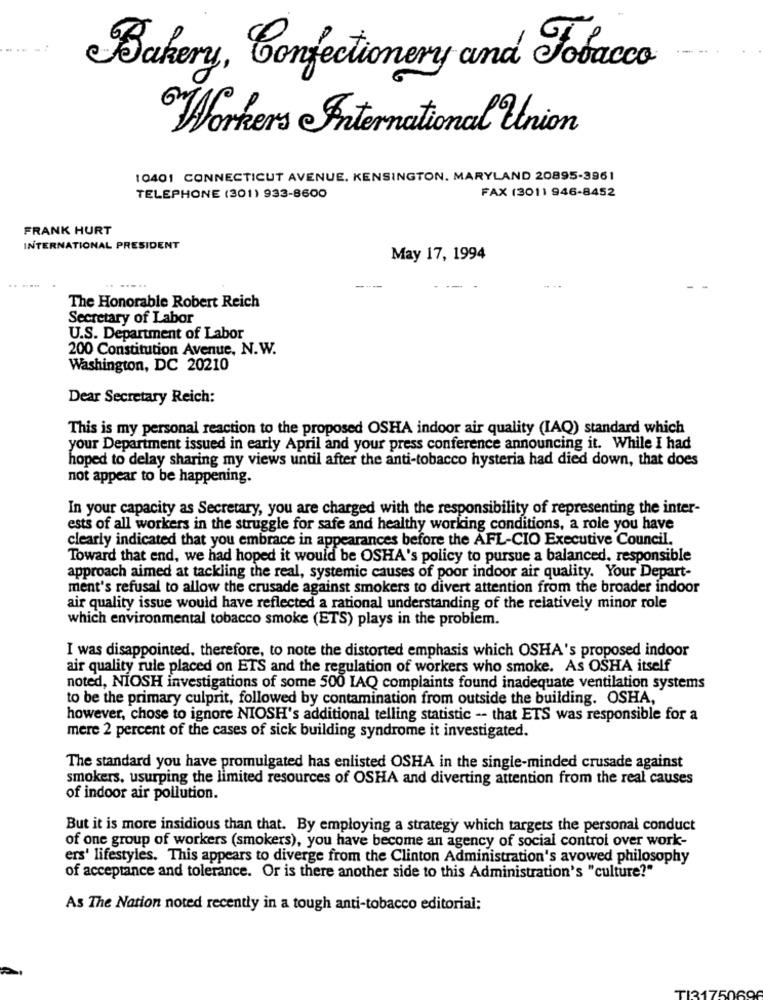
Bakery, Confectionery and Tobacco
"Workers International Union
10401 CONNECTICUT AVENUE. KENSINGTON. MARYLAND 20895-3961
FAX (3011 946-8452
TELEPHONE (301) 933-8600
FRANK HURT
INTERNATIONAL PRESIDENT
May 17, 1994
--
The Honorable Robert Reich
Secretary of Labor
U.S. Department of Labor
200 Constitution Avenue, N.W.
Washington, DC 20210
Dear Secretary Reich:
This is my personal reaction to the proposed OSHA indoor air quality (IAQ) standard which
your Department issued in early April and your press conference announcing it. While I had
hoped to delay sharing my views until after the anti-tobacco hysteria had died down, that does
not appear to be happening.
In your capacity as Secretary, you are charged with the responsibility of representing the inter-
ests of all workers in the struggle for safe and healthy working conditions, a role you have
clearly indicated that you embrace in appearances before the AFL-CIO Executive Council.
Toward that end, we had hoped it would be OSHA's policy to pursue a balanced. responsible
approach aimed at tackling the real, systemic causes of poor indoor air quality. Your Depart-
ment's refusal to allow the crusade against smokers to divert attention from the broader indoor
air quality issue would have reflected a rational understanding of the relatively minor role
which environmental tobacco smoke (ETS) plays in the problem.
I was disappointed. therefore, to note the distorted emphasis which OSHA's proposed indoor
air quality rule placed on ETS and the regulation of workers who smoke. As OSHA itself
noted, NIOSH investigations of some 500 IAQ complaints found inadequate ventilation systems
to be the primary culprit, followed by contamination from outside the building. OSHA,
however, chose to ignore NIOSH's additional telling statistic -- that ETS was responsible for a
mere 2 percent of the cases of sick building syndrome it investigated.
The standard you have promulgated has enlisted OSHA in the single-minded crusade against
smokers, usurping the limited resources of OSHA and diverting attention from the real causes
of indoor air pollution.
But it is more insidious than that. By employing a strategy which targets the personal conduct
of one group of workers (smokers), you have become an agency of social control over work-
ers' lifestyles. This appears to diverge from the Clinton Administration's avowed philosophy
of acceptance and tolerance. Or is there another side to this Administration's "culture?"
As The Nation noted recently in a tough anti-tobacco editorial: